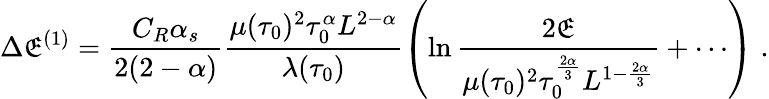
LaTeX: \Delta\mathfrak{E}^{(1)}=\frac{{C_{R}\alpha_{s}}}{{2(2-\alpha)}}\frac{{\mu(\tau_{0})^{2}\tau_{0}^{\alpha}L^{2-\alpha}}}{{\lambda(\tau_{0})}}\left(\ln\frac{{2\mathfrak{E}}}{{\mu(\tau_{0})^{2}\tau_{0}^{\frac{{2\alpha}}{{3}}}L^{1-\frac{{2\alpha}}{{3}}}}}+\cdots\right)\; .